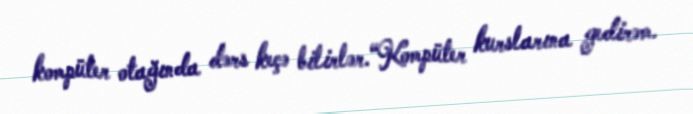
kompüter otağında dərs keçə bilirlər.“Kompüter kurslarına gedirəm.